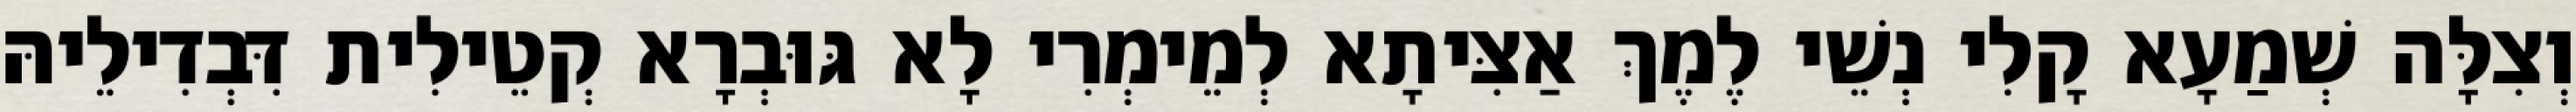
וְצִלָּה שְׁמַעָא קָלִי נְשֵׁי לֶמֶךְ אַצִּיתָא לְמֵימְרִי לָא גּוּבְרָא קְטֵילִית דִּבְדִילֵיהּ